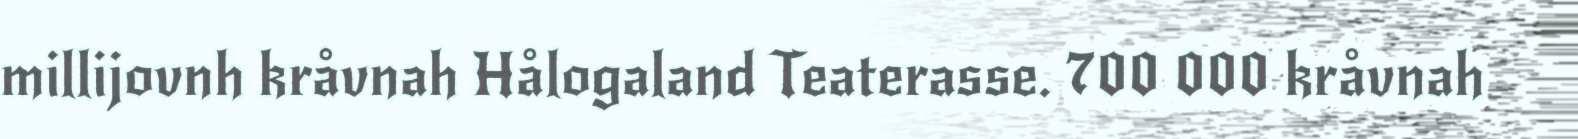
millijovnh kråvnah Hålogaland Teaterasse. 700 000 kråvnah